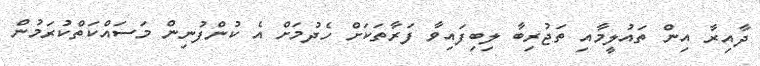
ދާއިރާ އިން ތައުލީމާއި ތަޖުރިބާ ލިބިފައިވާ ފަރާތަކަށް ހެދުމަށް އެ ކުންފުނިން މަސައްކަތްކުރަމުން